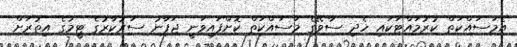
އެމަސައްކަތް ކުރުމައްޓަކައި ހެދި ސާވޭގެ މަސައްކަތް ކޮށްފައިވަނީ ޖަޕާނު ސަރުކާރުގެ ޓީމުގެ އިތުރަށް